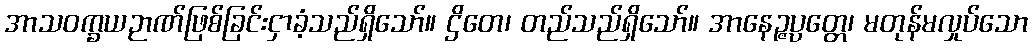
အာသဝက္ခယဉာဏ်ဖြစ်ခြင်းငှာခံ့သည်ရှိသော်။ ဌိတေ၊ တည်သည်ရှိသော်။ အာနေဉ္ဇပ္ပတ္တေ၊ မတုန်မလှုပ်သော